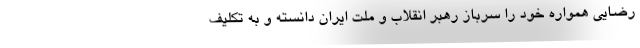
رضایی همواره خود را سرباز رهبر انقلاب و ملت ایران دانسته و به تکلیف